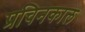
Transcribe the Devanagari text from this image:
प्रचिनकाल